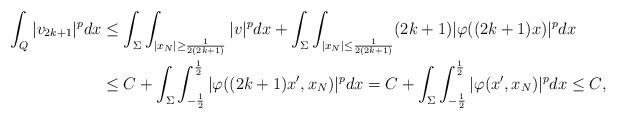
LaTeX: \begin{align*}\int_Q |v_{2k+1}|^p dx&\leq \int_{\Sigma}\int_{|x_N|\geq \frac{1}{2 (2k+1)}}|v|^p dx + \int_{\Sigma}\int_{|x_N|\leq \frac{1}{2(2k+1)}}(2k+1)|\varphi((2k+1)x)|^p dx\\&\leq C + \displaystyle{\int_{\Sigma}\int_{-\frac{1}{2}}^{\frac{1}{2}}|\varphi((2k+1)x',x_N)|^p dx = C + \int_{\Sigma}\int_{-\frac{1}{2}}^{\frac{1}{2}}|\varphi(x',x_N)|^pdx \leq C}, \end{align*}